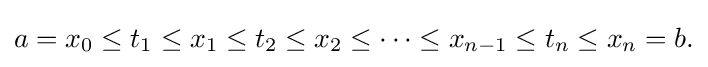
a=x_{0}\leq t_{1}\leq x_{1}\leq t_{2}\leq x_{2}\leq \cdots \leq x_{n-1}\leq t_{n}\leq x_{n}=b.\,\!